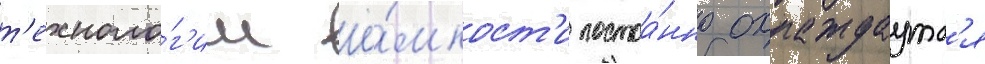
т'ехноло́г'ии ё́мкост'и постоа́нно охлаждаутс'я